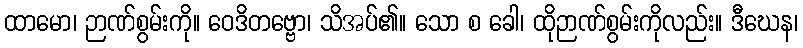
ထာမော၊ ဉာဏ်စွမ်းကို။ ဝေဒိတဗ္ဗော၊ သိအပ်၏။ သော စ ခေါ၊ ထိုဉာဏ်စွမ်းကိုလည်း။ ဒီဃေန၊